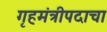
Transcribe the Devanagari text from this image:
गृहमंत्रीपदाचा